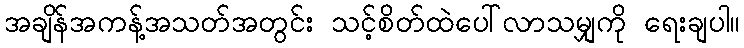
အချိန်အကန့်အသတ်အတွင်း သင့်စိတ်ထဲပေါ်လာသမျှကို ရေးချပါ။